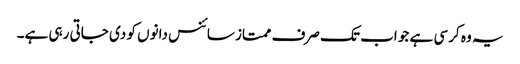
یہ وہ کرسی ہے جو اب تک صرف ممتاز سائنس دانوں کو دی جاتی رہی ہے۔